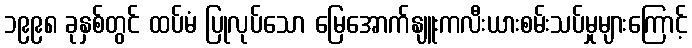
၁၉၉၈ ခုနှစ်တွင် ထပ်မံ ပြုလုပ်သော မြေအောက်နျူးကလီးယားစမ်းသပ်မှုများကြောင့်